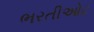
ભરતીઓટ